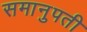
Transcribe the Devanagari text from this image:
समानुपती